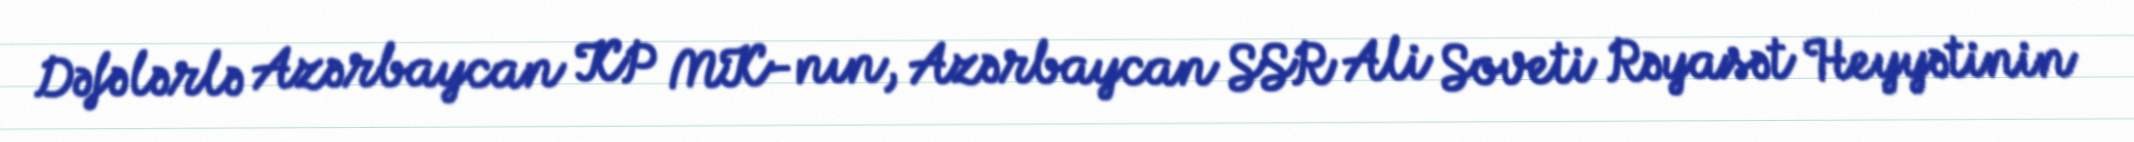
Dəfələrlə Azərbaycan KP MK-nın, Azərbaycan SSR Ali Soveti Rəyasət Heyyətinin